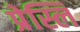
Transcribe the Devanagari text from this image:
प्रेस्लि